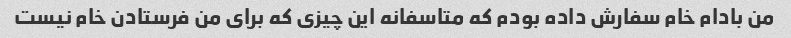
من بادام خام سفارش داده بودم که متاسفانه این چیزی که برای من فرستادن خام نیست